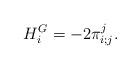
LaTeX: \begin{align*}{}H^G_i = -2 {\pi}_{i;j}^j.\end{align*}